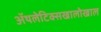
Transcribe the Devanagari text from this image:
ॲथलेटिक्सखालोखाल